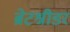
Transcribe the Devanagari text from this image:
ब्रेटश्नीडर